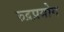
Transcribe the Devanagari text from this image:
रुद्रप्रयोग